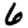
Digit: 6